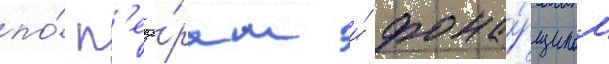
по́ п'еще́рам и́ фона́рщиком